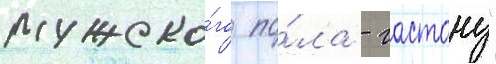
мужско́го по́ла - гастону"